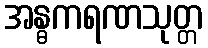
အန္ဓကရဏသုတ္တ